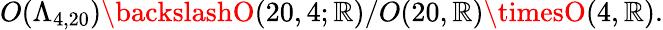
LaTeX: O(\Lambda_{4,20})\backslashO(20,4;\mathbb{R})/O(20,\mathbb{R})\timesO(4,\mathbb{R}).